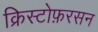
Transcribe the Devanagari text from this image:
क्रिस्टोफ़रसन